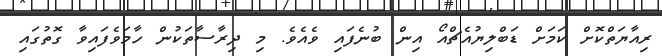
ރިއާޔަތްކޮށް ކަމަށް ޑަބްލިޔުއެޗްއޯ އިން ބުނެފައި ވެއެވެ. މި ދިރާސާތަކުން ހާމަވެފައިވާ ގޮތުގައި